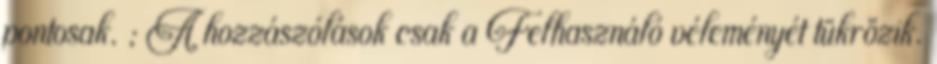
pontosak. ; A hozzászólások csak a Felhasználó véleményét tükrözik.